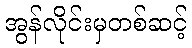
အွန်လိုင်းမှတစ်ဆင့်